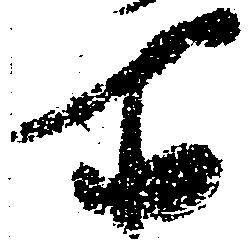
所